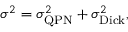
\sigma ^ { 2 } = \sigma _ { \mathrm { Q P N } } ^ { 2 } + \sigma _ { \mathrm { D i c k } } ^ { 2 } ,